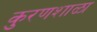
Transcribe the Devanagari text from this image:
कुरणशाळा